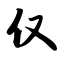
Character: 仅